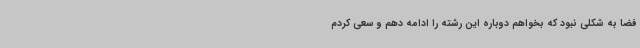
فضا به شکلی نبود که بخواهم دوباره این رشته را ادامه دهم و سعی کردم